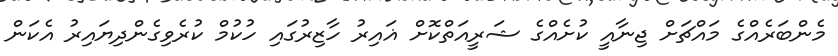
މެންބަރެއްގެ މައްޗަށް ޖިނާއީ ކުށެއްގެ ޝަރީއަތްކޮށް ޣައިރު ހާޒިރުގައި ހުކުމް ކުރެވިގެންދިޔައިރު އެކަން